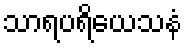
သာရပရိယေသနံ